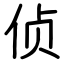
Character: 侦